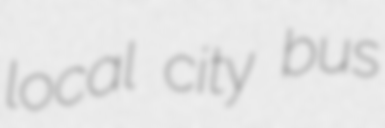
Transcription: local city bus